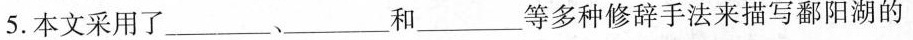
5.本文采用了 ___ 、___ 和 ___ 等多种修辞手法来描写鄱阳湖的